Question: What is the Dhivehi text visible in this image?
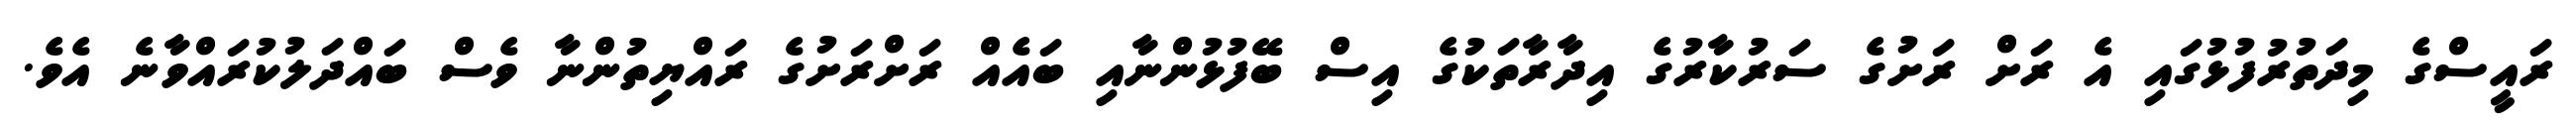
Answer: ރައީސްގެ މިދަތުރުފުޅުގައި އެ ރަށް ރަށުގެ ސަރުކާރުގެ އިދާރާތަކުގެ އިސް ބޭފުޅުންނާއި ބައެއް ރަށްރަށުގެ ރައްޔިތުންނާ ވެސް ބައްދަލުކުރައްވާނެ އެވެ.